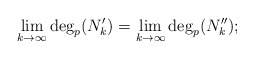
\begin{align*}\lim_{k\to\infty}\deg_p(N_k')=\lim_{k\to\infty}\deg_p(N_k'');\end{align*}